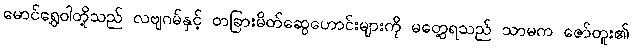
မောင်ရွှေဝါတို့သည် လဗျဂမ်နှင့် တခြားမိတ်ဆွေဟောင်းများကို မတွေ့ရသည် သာမက ဇော်တူး၏